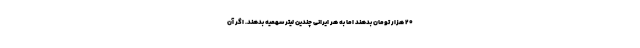
۲۰ هزار تومان بدهند اما به هر ایرانی چندین لیتر سهمیه بدهند. اگر آن